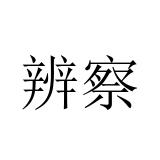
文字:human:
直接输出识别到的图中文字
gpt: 辨察